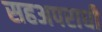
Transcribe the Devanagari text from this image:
सहअपराधी